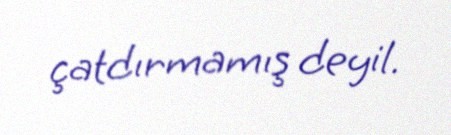
çatdırmamış deyil.